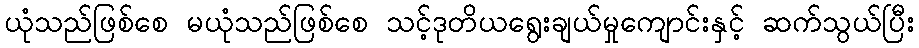
ယုံသည်ဖြစ်စေ မယုံသည်ဖြစ်စေ သင့်ဒုတိယရွေးချယ်မှုကျောင်းနှင့် ဆက်သွယ်ပြီး